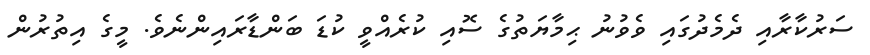
ސަރުކާރާއި ދެމެދުގައި ވެވުނު ޙިމާޔަތުގެ ސޮއި ކުރެއްވީ ކުޑަ ބަންޑާރައިންނެވެ. މީގެ އިތުރުން